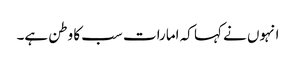
انہوں نے کہا کہ امارات سب کا وطن ہے۔